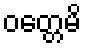
ဝတ္တေမိ